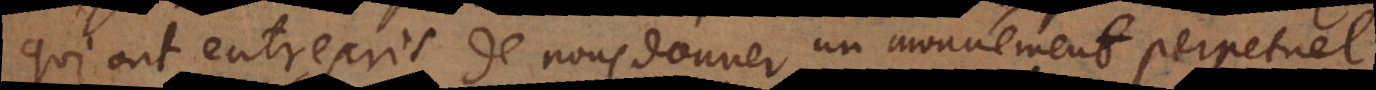
qui ont entrepris de nous donner un mouvement perpetuel